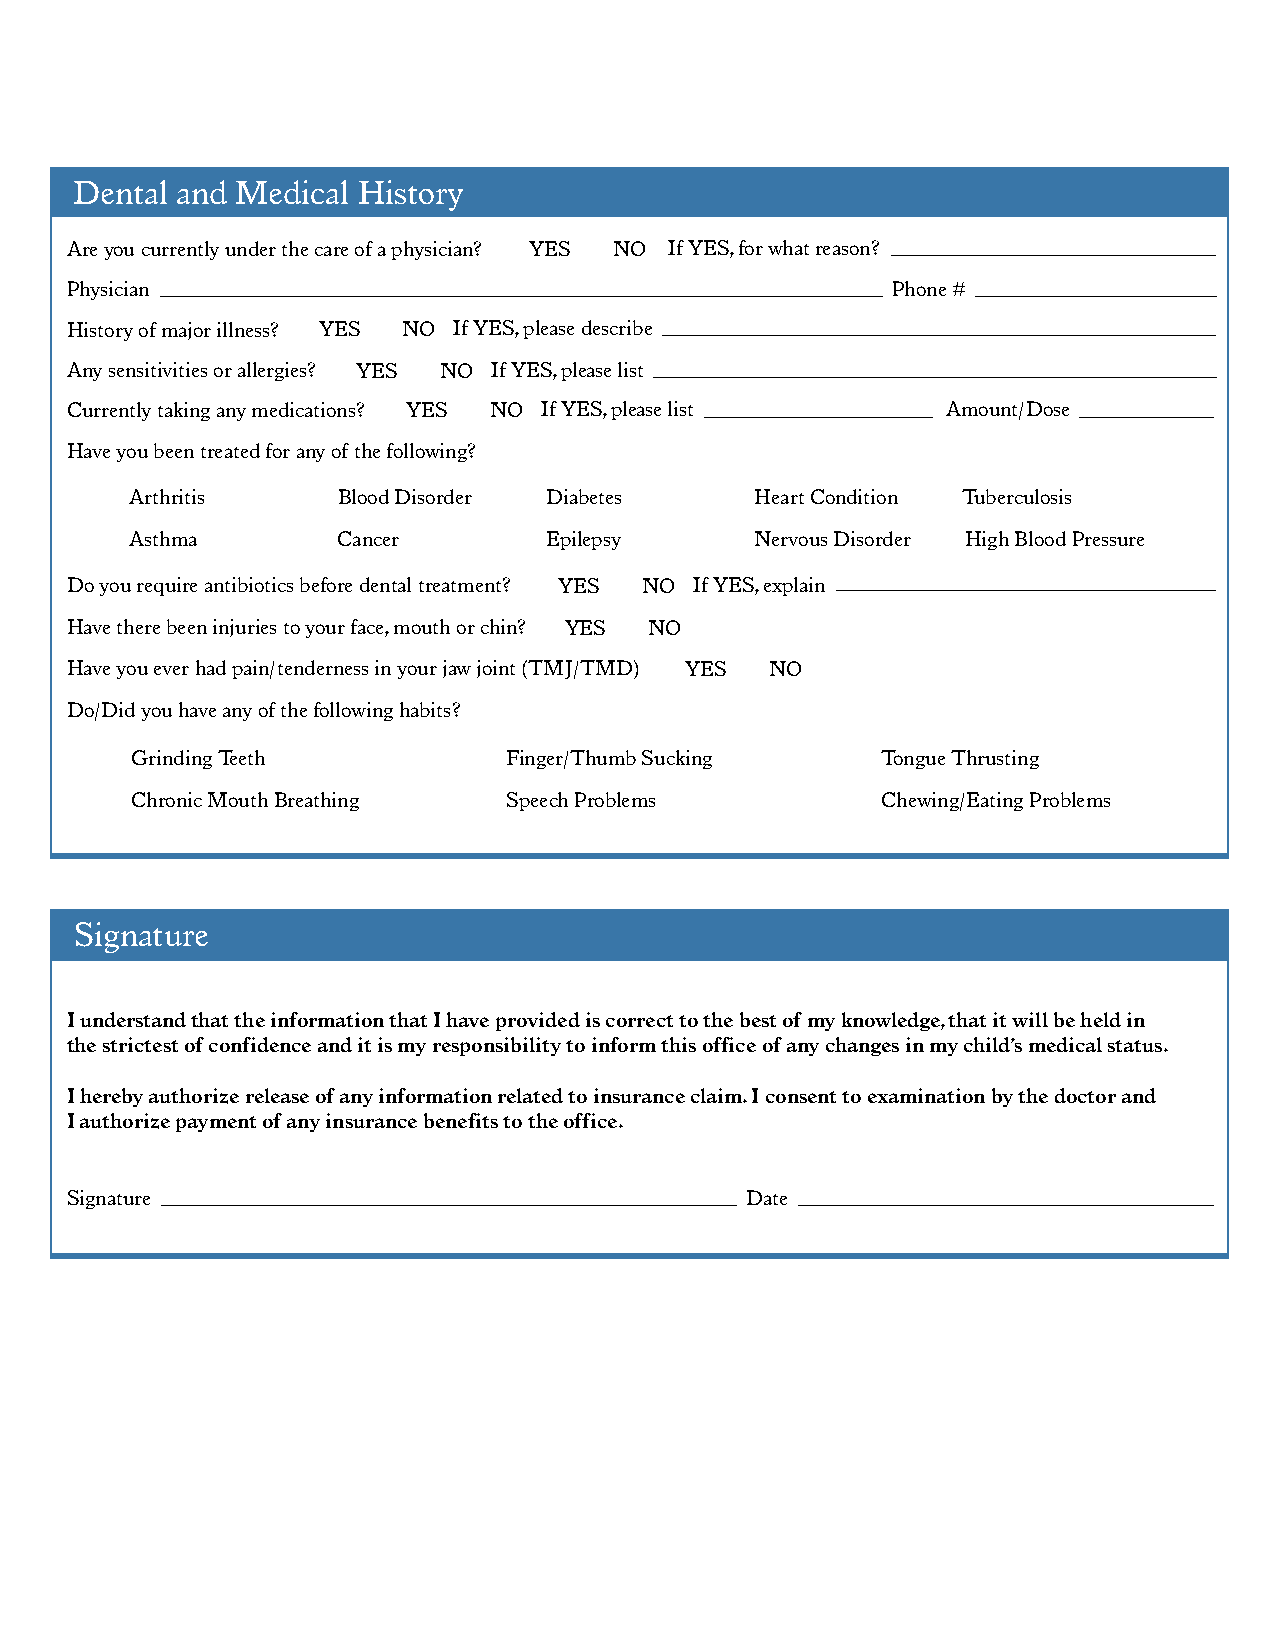
Dental and Medical History
 Are you currently under the care of a physician? YES NO If YES, for what reason?
 Physician                                              Phone #
 History of major illness? YES NO If YES, please describe
 Any sensitivities or allergies? YES NO If YES, please list
 Currently taking any medications? YES NO If YES, please list Amount/Dose
 Have you been treated for any of the following?
 Arthritis    Blood Disorder Diabetes     Heart Condition Tuberculosis
 Asthma       Cancer        Epilepsy      Nervous Disorder High Blood Pressure
 Do you require antibiotics before dental treatment? YES NO If YES, explain
 Have there been injuries to your face, mouth or chin? YES NO
 Have you ever had pain/tenderness in your jaw joint (TMJ/TMD) YES NO
 Do/Did you have any of the following habits?
 Grinding Teeth           Finger/Thumb Sucking    Tongue Thrusting
 Chronic Mouth Breathing  Speech Problems         Chewing/Eating Problems
 Signature
 I understand that the information that I have provided is correct to the best of my knowledge, that it will be held in
 the strictest of confidence and it is my responsibility to inform this office of any changes in my child’s medical status.
 I hereby authorize release of any information related to insurance claim. I consent to examination by the doctor and
 I authorize payment of any insurance benefits to the office.
 Signature                                    Date